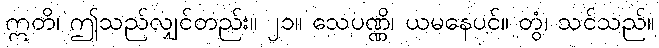
ဣတိ၊ ဤသည်လျှင်တည်း။ ၂၁။ သေပဏ္ဏိ၊ ယမနေပင်။ တွံ၊ သင်သည်။